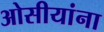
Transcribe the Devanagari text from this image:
ओसीयांना